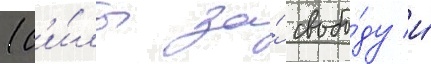
(с'и́лы за́ свобо́ду и́